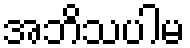
အဘိသပါမ